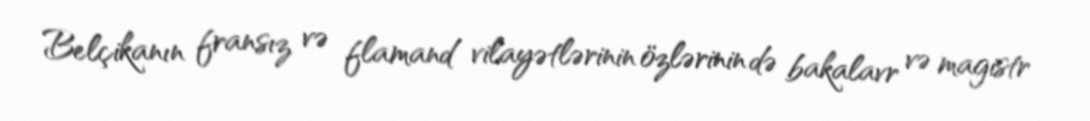
Belçikanın fransız və flamand vilayətlərinin özlərinin də bakalavr və magistr